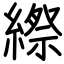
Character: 縩